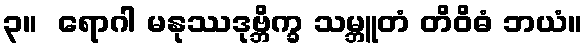
၃။  ရောဂါ မနုဿဒုဗ္ဘိက္ခ သမ္ဘူတံ တိဝိဓံ ဘယံ။